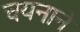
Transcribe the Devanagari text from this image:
चयनाने